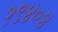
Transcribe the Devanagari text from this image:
१९४०४